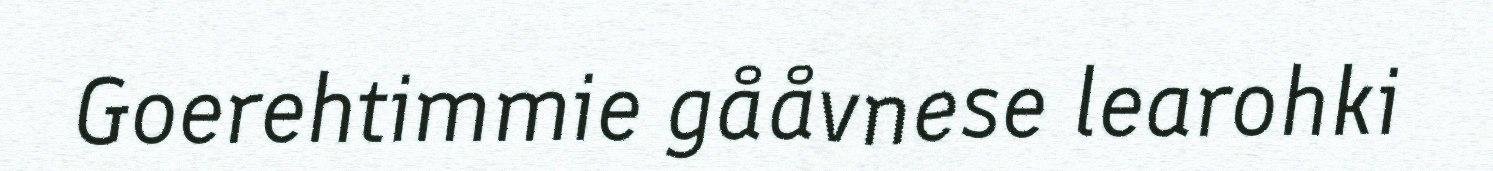
Goerehtimmie gååvnese learohki